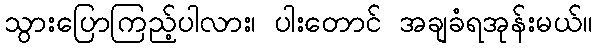
သွားပြောကြည့်ပါလား၊ ပါးတောင် အချခံရအုန်းမယ်။